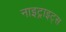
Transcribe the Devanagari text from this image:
नाइट्राइट्स